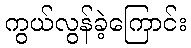
ကွယ်လွန်ခဲ့ကြောင်း